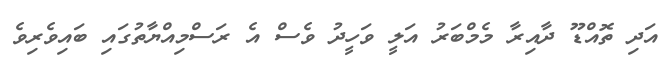
އަދި ތޮއްޑޫ ދާއިރާ މެމްބަރު އަލީ ވަހީދު ވެސް އެ ރަސްމިއްޔާތުގައި ބައިވެރިވެ